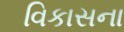
વિકાસના